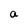
Character: a